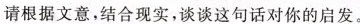
请根据文意,结合现实，谈谈这句话对你的启发。